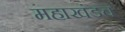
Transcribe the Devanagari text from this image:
महाखंडच